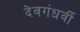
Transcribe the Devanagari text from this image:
देवगंधर्वी